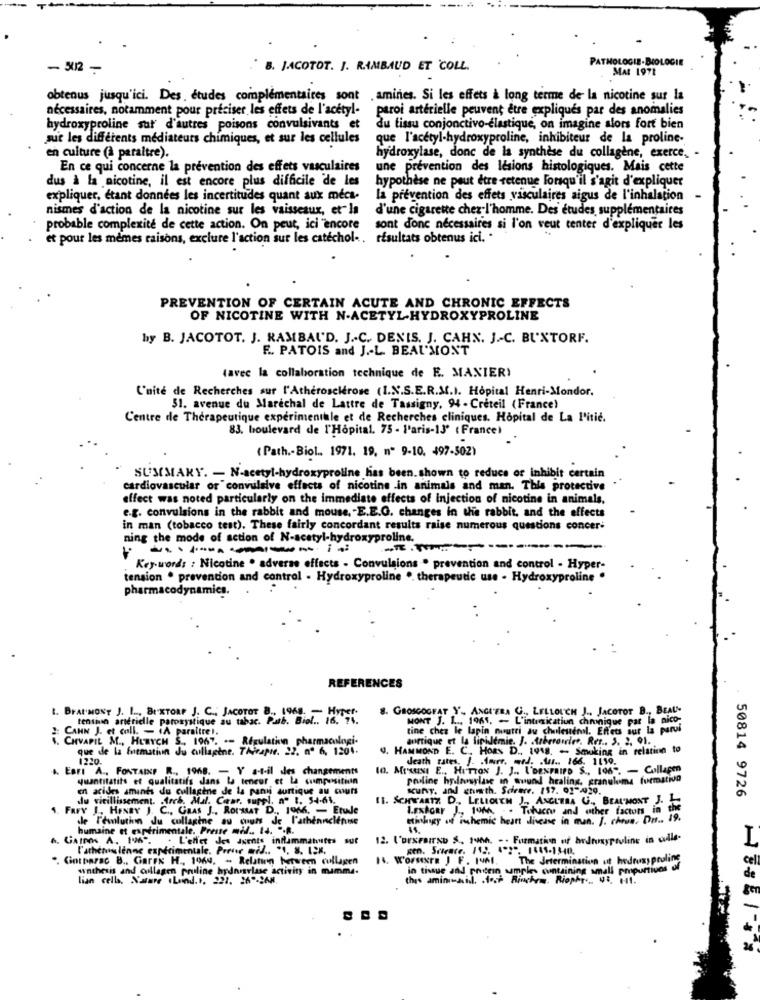
PATHOLOGIE-BIOLOGIE
- 512 -
8. JACOTOT. J. RAMBAUD ET COLL.
MAL 1971
obtenus jusqu'ici. Des, études complémentaires sont .amines. Si les effets & long terme de la nicotine sur la
nécessaires, notamment pour preciser les effets de l'acetyl-
paroi artérielle peuvent être expliques par des anomalies
hydroxyproline sut d'autres poisons convulsivants et
du tissu conjonctivo-élastique, on imagine alors fort bien
sue les différents médiateurs chimiques, et sur les cellules
que l'acetyl-hydroxyproline, inhibiteur de la proline-
en culture (a paraitre).
hydroxylase, donc de la synthèse du collagene, exerce,
En ce qui concerne la prévention des effets vasculaires
une prévention des lésions histologiques. Mais cette
dus à la nicotine, il est encore plus difficile de les
hypothèse ne peut etre retenue lorsqu'il s'agit d'expliquer
expliquer, étant données les incertitudes quant aux mecs-
la prévention des effets vasculaires aigus de l'inhalation
nismes d'action de la nicotine sur les vaisseaux, et"la
d'une cigarette chez-l'homme. Des études supplémentaires
probable complexité de cette action. On peut, ici "encore
sont donc nécessaires si l'on veut tenter d'expliquer les
et pour les memes raisons, exclure l'action sur les catechol -. résultats obtenus ici. .
PREVENTION OF CERTAIN ACUTE AND CHRONIC EFFECTS
OF NICOTINE WITH N-ACETYL-HYDROXYPROLINE
by B. JACOTOT. J. RAMBAUD. J .- C. DENIS. J. CAHN. J .- C. BU'XTORF.
F .. PATOIS and J .- L. BEAU MONT
(avec la collaboration technique de E. MANIERY
C'nite de Recherches sur l'Atherosclerose (I.N.S.E.R.M.I. Hopital Henri-Mondor.
51. avenue du Marechal de Lattre de Tassigny. 94 - Creteil (France)
Centre de Thérapeutique experimentale et de Recherches cliniques. Hopital de La Pitié.
83. boulevard de l'Hopital. 75 - Paris-13' ( France)
(Path .- Biol .. 1971. 19. nº 9-10. 497-502)
SUMMARY. - N-acetyl-hydroxyproline lias been.shown to reduce or inhibit certain
cardiovascular or convulsive effects of nicotine .in animals and man. This protective
effect was noted particularly on the immediate effects of injection of nicotine in animals,
e.g. convulsions in the rabbit and mouse, - E.E.G. changes in the rabbit, and the effects
in man (tobacco test). These fairly concordant results raise numerous questions concer-
ning the mode of action of N-acetyl-hydroxyproline.
-----
Key-words : Nicotine . adverse effects - Convulsions . prevention and control - Hyper-
tension . prevention and control - Hydroxyproline .. therapeutic use - Hydroxyproline"
pharmacodynamics.
REFERENCES
8. GROSGOGFAT Y' ., ANGIEBA G ., LELLOUCH J ., JaCOTOT B ., BEALS-
L. BFAI'MONY J. I ... BUXTORP J. C ., JACOTOT B ., 1968. - HYPEr.
tension artérielle paroxystique au tabac. Patb. Biol .. 16. 74.
MONT J. I .., 1965, - L'intuxicatiun chronique par la nico-
CANN J. et coll. - iA paraitre !.
tine chez le lapin nuutti du cholesterol. Effets sur la parvi
. CHVAPIL M ., HURYCH S ., 1967. -- Régulation pharmacologie
aurtique et la lipidemie. J. Arberouler. Rer .. 3. 2. 91.
que de la fremation du cullapine. Thirapie. 22. nº 6, 1204.
MMOND E. C. Hors D. 1918. - Smoking in relation to
1220.
Jeath rates. 1. Amore. med. . Aus .. 166. 1190.
.. EBFI A ., FONTAINE R ., 1968. - Y a-t-il des changements
10. MIKUNI E ., HUTTON J. J ., L'DENPRIPD S ., 196". - Collagen
quantitatifs et qualitatifs dans La teneur et La cumpensituin
podline hylnowlase in suund healing, granukima formativo
en acides aminés du cullagène de la panni surtique au cours
scUNT, and gnorth. Science. ($7. 01-020.
50814 9726
du vieillissement. Arch. Mal. Cerar. suppl. a" B. 54-61.
II. SCHWARTZ D. LELLOUTH J. ANGETRA U. BEAUMONT J. L.
1. Fary J. HexBY J. C ., GaAs J ., RoIMMAT D ., 1966, - Etude
Lestour 1, 10Ah .. . Titucou and other factors in the
de l'évolution du collagène au cours de l'atheancientse
sintgy of inhemic heart disease in mun. J. chron, Drs .. 19.
humaine et expérimentale. Preste mil .. 14. ".R.
GAIOS A. 196.
JAIroK A. 196. . L'effet des agents inflammationtes sur
12. I'DENFAITND S ., 146h. . . Fuzmation of brdroxyproline in culle-
I
l'athenslenne expérimentale. Prever il .. "4, S. 128.
Cintbarac B ., Garek H ., 1964. - Relation between cullagen
The Jetermination ut hedruxy praline
unthesis and collagen pruline hydnurlase activity in mamma.
in tissue and podein samples containing small
ng small pmpurtivos of
lian cell. Nature (Lund.1. 221. 269-268.
this amindid. AosP Rinchem. Riophr, 0%, +11.